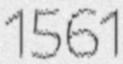
1561